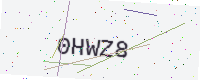
Text: 0HWZ8